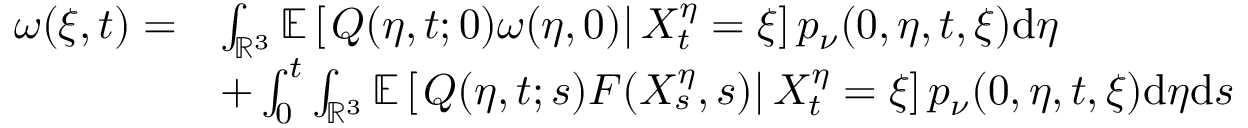
\begin{array} { r l } { \omega ( \xi , t ) = } & { \int _ { \mathbb { R } ^ { 3 } } \mathbb { E } \left[ \left. Q ( \eta , t ; 0 ) \omega ( \eta , 0 ) \right| X _ { t } ^ { \eta } = \xi \right] p _ { \nu } ( 0 , \eta , t , \xi ) \mathrm { d } \eta } \\ & { + \int _ { 0 } ^ { t } \int _ { \mathbb { R } ^ { 3 } } \mathbb { E } \left[ \left. Q ( \eta , t ; s ) F ( X _ { s } ^ { \eta } , s ) \right| X _ { t } ^ { \eta } = \xi \right] p _ { \nu } ( 0 , \eta , t , \xi ) \mathrm { d } \eta \mathrm { d } s } \end{array}